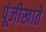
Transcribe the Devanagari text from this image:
पूंजीखाते